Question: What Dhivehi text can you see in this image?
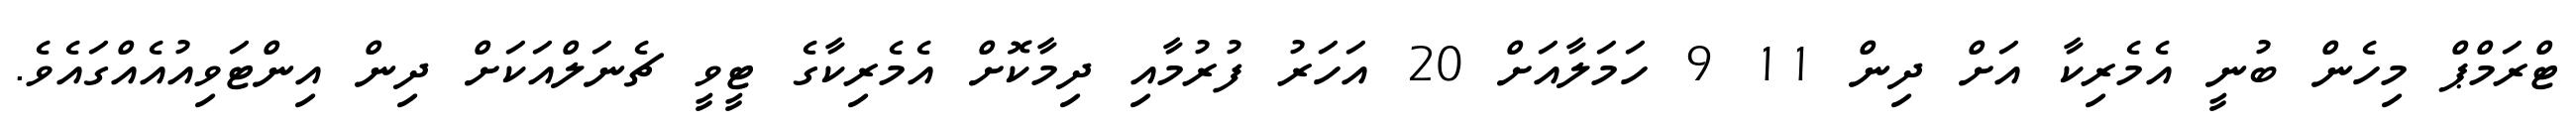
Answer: ޓްރަމްޕް މިހެން ބުނީ އެމެރިކާ އަށް ދިން 11 9 ހަމަލާއަށް 20 އަހަރު ފުރުމާއި ދިމާކޮށް އެމެރިކާގެ ޓީވީ ޗެނަލްއަކަށް ދިން އިންޓަވިއުއެއްގައެވެ.